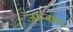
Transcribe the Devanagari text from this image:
जाम्बवन